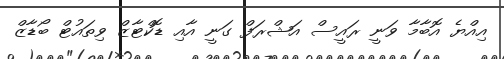
އިއްޔެ އޮބާމާ ވަނީ ރައީސް އަޝްރަފް ގަނީ އާއި ޑޮކްޓާޒް ވިތައުޓް ބޯޑާޒް